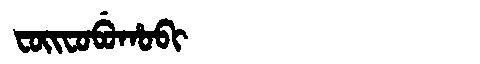
Manchu: ᠸᠣᡳᠸᠣᠪᡠᡥᠣᠪᡳ
Romanization: FOIFOBUHOBI